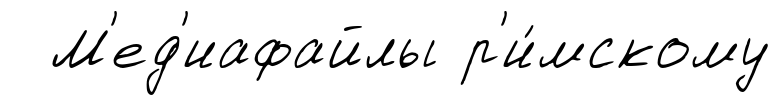
М'ед'иафайлы р'и́мскому